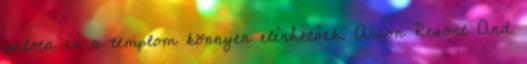
palota és a templom könnyen elérhetőek. Arion Resort And